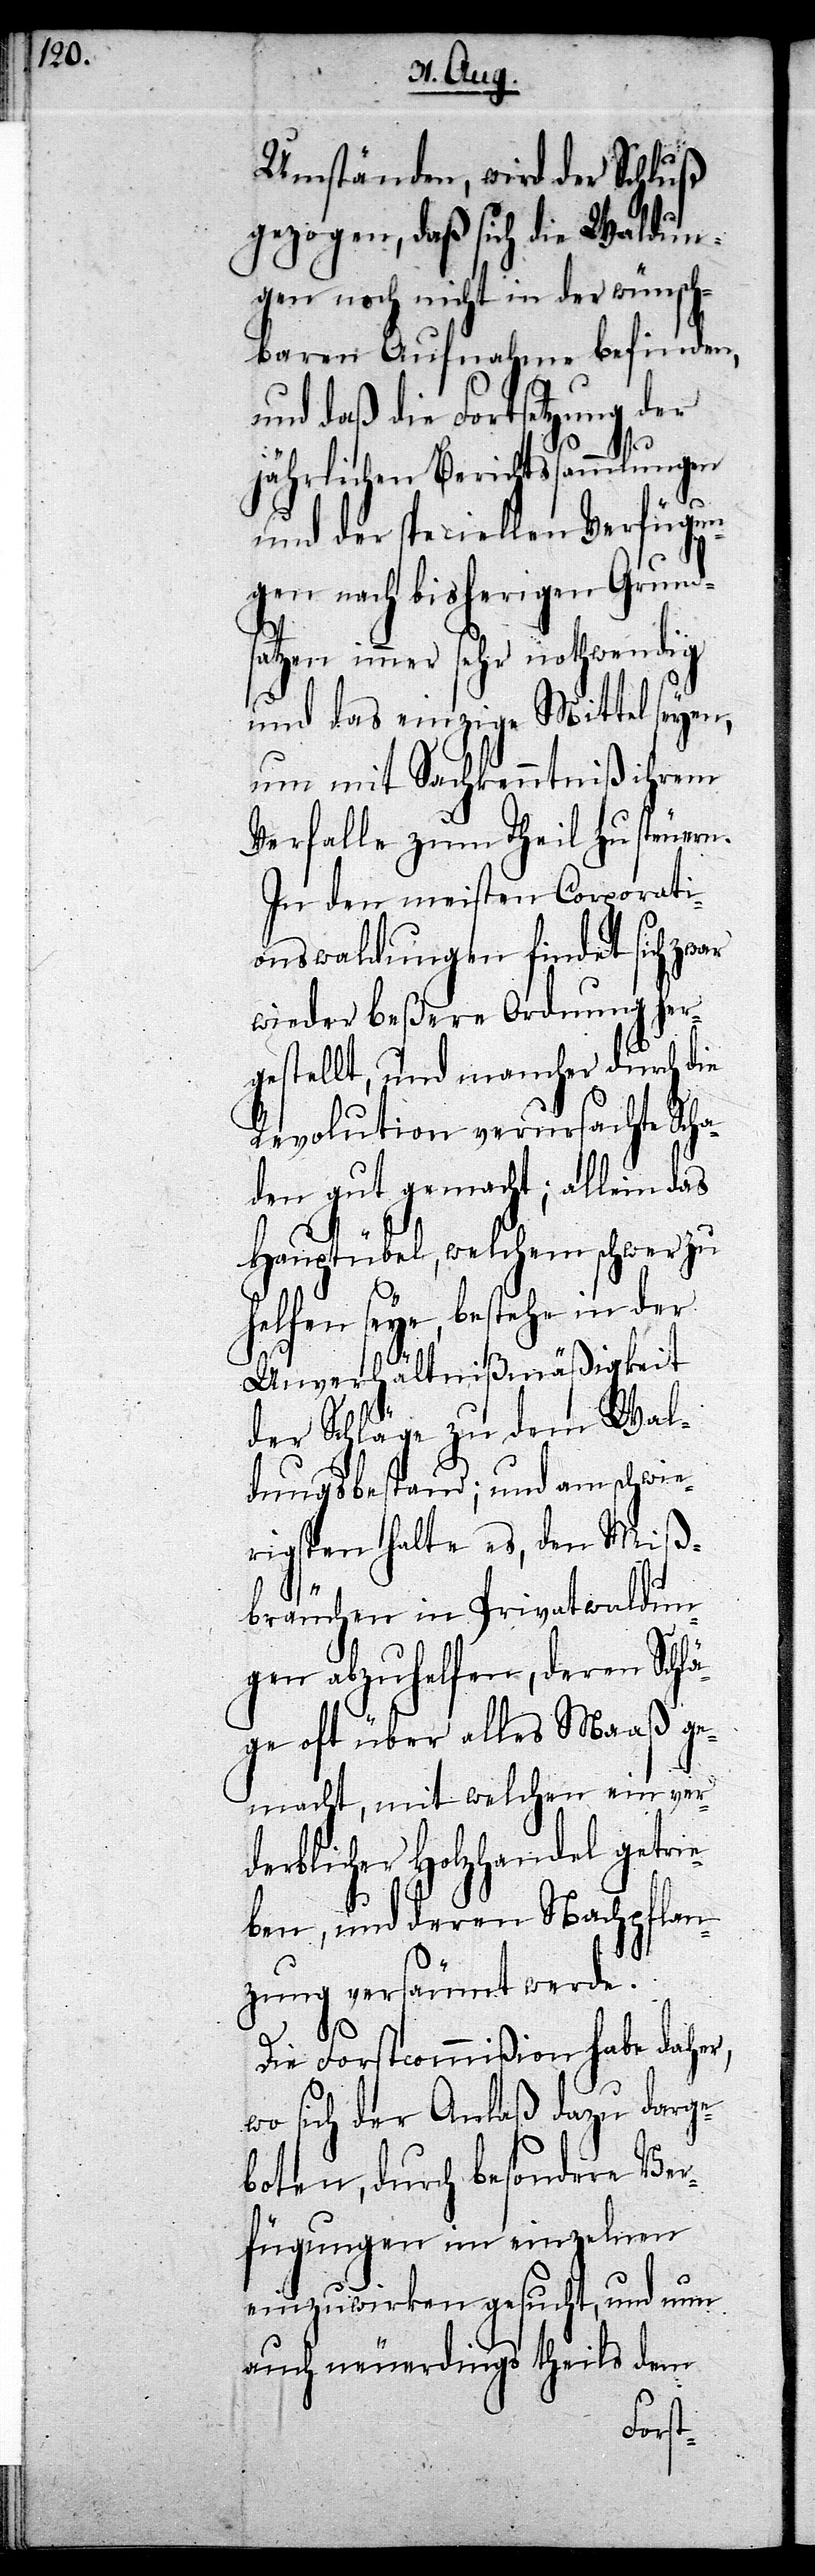
Umständen, wird der Schluß
gezogen, daß sich die Waldun¬
gen noch nicht in der wünsch¬
baren Aufnahme befinden,
und daß die Fortsetzung der
jährlichen Berichtsammlungen
und der speciellen Verfügun¬
gen nach bisherigen Grund¬
sätzen immer sehr nothwendig
und das einzige Mittel seyen,
um mit Sachkenntniß ihrem
Verfalle zum Theil zu steuern.
In den meisten Corporati¬
onswaldungen findet sich zwar
wieder beßere Ordnung her¬
gestellt, und mancher durch die
Revolution verursachte Sch¬
aden gut gemacht; allein das
Hauptübel, welchem schwer zu
helfen seye, bestehe in der
Unverhältnißmäßigkeit
der Schläge zu dem Wal¬
dungsbestand; und am schwie¬
rigsten halte es, den Miß¬
bräuchen in den Privatwaldun¬
gen abzuhelfen, deren Schlä¬
ge oft über alles Maaß ge¬
macht, mit welchen ein ver¬
derblicher Holzhandel getrie¬
ben, und deren Nachpflan¬
zung versäumt werde.
Die Forstcommißion habe daher,
wo sich der Anlaß dazu darge¬
boten, durch besondere Ver¬
fügungen im einzelnen
einzuwirken gesucht, und nun
auch neuerdings theils dem